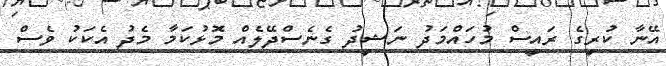
އޭނާ ކުރީގެ ރައީސް މުހައްމަދު ނަޝީދު ގެނެސްދޭލެއް މޮޅުކަމާ މެދު އެކަކު ވެސް